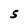
Character: S